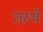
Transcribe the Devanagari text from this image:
तस्थे